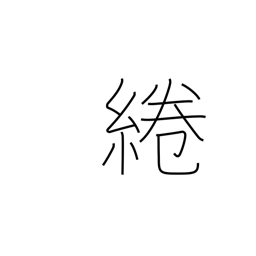
Meaning: attachment